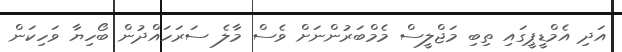
އަދި އެމްޑީޕީގައި ތިބި މަޖްލީސް މެމްބަރުންނަށް ވެސް މާލެ ސަރަހައްދުން ބޯހިޔާ ވަހިކަން